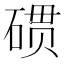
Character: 𮀪